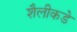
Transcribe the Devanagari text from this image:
शैलीकडे